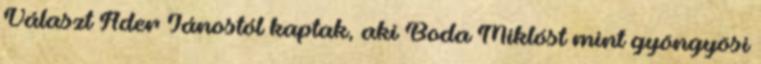
Választ Áder Jánostól kaptak, aki Boda Miklóst mint gyöngyösi